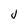
Character: j